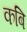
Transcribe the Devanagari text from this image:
कबि